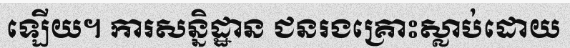
ឡើយ។ ការសន្និដ្ឋាន ជនរងគ្រោះស្លាប់ដោយ